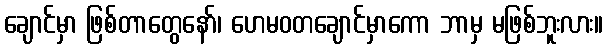
ချောင်မှာ ဖြစ်တာတွေနော်၊ ဟေမဝတချောင်မှာကော ဘာမှ မဖြစ်ဘူးလား။